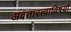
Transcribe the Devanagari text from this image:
अवतारत्वाविषयी